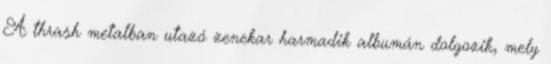
A thrash metalban utazó zenekar harmadik albumán dolgozik, mely